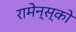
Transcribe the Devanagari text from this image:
रामेन्स्को